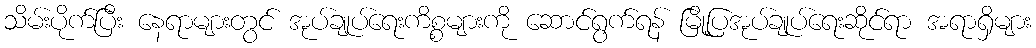
သိမ်းပိုက်ပြီး နေရာများတွင် အုပ်ချုပ်ရေးကိစ္စများကို ဆောင်ရွက်ရန် မြို့ပြအုပ်ချုပ်ရေးဆိုင်ရာ အရာရှိများ